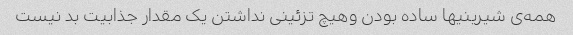
همه‌ی شیرینیها ساده بودن وهیچ تزئینی نداشتن یک مقدار جذابیت بد نیست